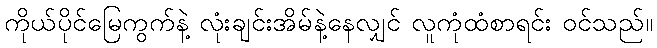
ကိုယ်ပိုင်မြေကွက်နဲ့ လုံးချင်းအိမ်နဲ့နေလျှင် လူကုံထံစာရင်း ဝင်သည်။